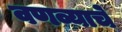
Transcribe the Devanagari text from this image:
वणव्याचे